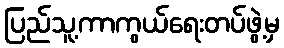
ပြည်သူ့ကာကွယ်ရေးတပ်ဖွဲ့မှ